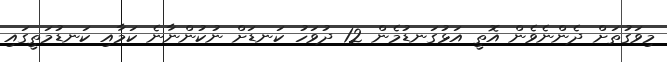
މިވަގުތަށް ދެންނެވެން އޮތީ އަޅުގަނޑުމެން 12 ދުވަހު ކަނޑަށް ނުކުންނާނެ ކަމާއި ކަނޑުމަތީގައި